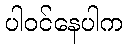
ပါဝင်နေပါက